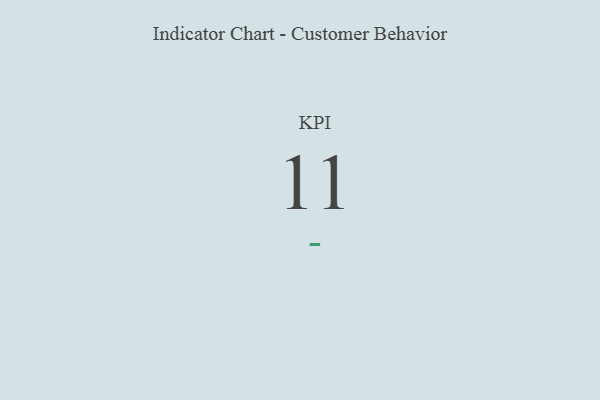
{"axis": {"x": "KPI", "y": "Value"}, "legend": [""], "data": [{"x": "KPI", "y": 11, "type": ""}]}